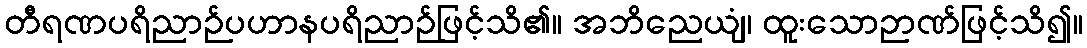
တီရဏပရိညာဉ်ပဟာနပရိညာဉ်ဖြင့်သိ၏။ အဘိညေယျံ၊ ထူးသောဉာဏ်ဖြင့်သိ၍။